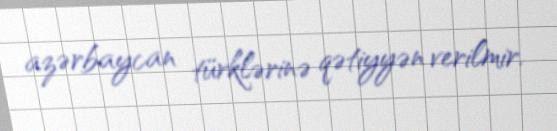
azərbaycan türklərinə qətiyyən verilmir.